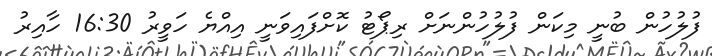
ފުލުހުން ބުނީ މިކަން ފުލުހުންނަށް ރިޕޯޓު ކޮށްފައިވަނީ އިއްޔެ ހަވީރު 16:30 ހާއިރު